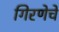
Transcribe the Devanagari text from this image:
गिरणेचे